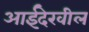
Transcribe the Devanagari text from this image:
आईदेखील